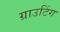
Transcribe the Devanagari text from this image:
ग्राउटिंग